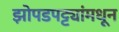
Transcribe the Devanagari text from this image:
झोपडपट्ट्यांमधून